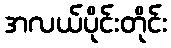
အလယ်ပိုင်းတိုင်း